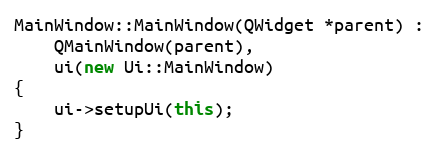
Language: C++
MainWindow::MainWindow(QWidget *parent) :
    QMainWindow(parent),
    ui(new Ui::MainWindow)
{
    ui->setupUi(this);
}